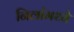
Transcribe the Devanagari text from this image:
निलांमध्ये